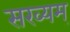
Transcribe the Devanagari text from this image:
सख्यम्